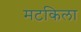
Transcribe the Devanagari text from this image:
मटकिला